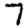
Digit: 7